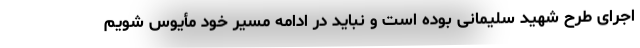
اجرای طرح شهید سلیمانی بوده است و نباید در ادامه مسیر خود مأیوس شویم